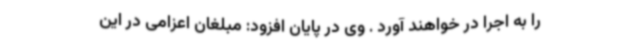
را به اجرا در خواهند آورد . وی در پایان افزود: مبلغان اعزامی در این